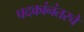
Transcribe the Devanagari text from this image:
पदकांनंतरचे